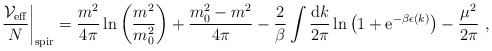
\begin{align*}\left. \frac{{\cal V}_{\rm eff}}{N} \right|_{\rm spir} = \frac{m^2}{4\pi}\ln \left( \frac{m^2}{m_0^2}\right)+ \frac{m_0^2-m^2}{4\pi}- \frac{2}{\beta} \int \frac{{\rm d}k}{2\pi}\ln \left( 1 + {\rm e}^{-\beta \epsilon(k)} \right) -\frac{\mu^2}{2\pi} \ ,\end{align*}